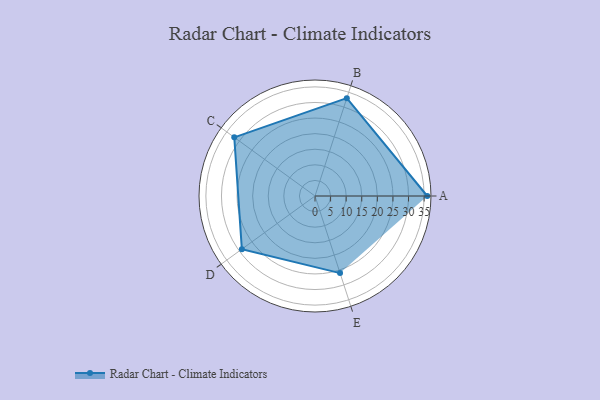
{"axis": {"x": "Skill", "y": "Score"}, "legend": ["Profile"], "data": [{"x": "A", "y": 36.0, "type": "Profile"}, {"x": "B", "y": 33.0, "type": "Profile"}, {"x": "C", "y": 32.0, "type": "Profile"}, {"x": "D", "y": 29.0, "type": "Profile"}, {"x": "E", "y": 26.0, "type": "Profile"}]}